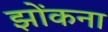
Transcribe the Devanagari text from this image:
झोंकना